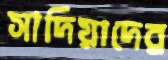
সাদিয়াদের